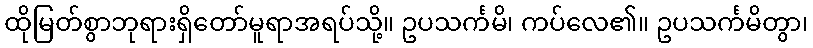
ထိုမြတ်စွာဘုရားရှိတော်မူရာအရပ်သို့။ ဥပသင်္ကမိ၊ ကပ်လေ၏။ ဥပသင်္ကမိတွာ၊